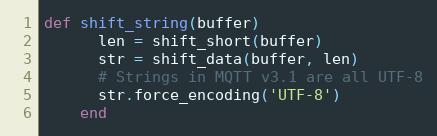
Language: Ruby
def shift_string(buffer)
      len = shift_short(buffer)
      str = shift_data(buffer, len)
      # Strings in MQTT v3.1 are all UTF-8
      str.force_encoding('UTF-8')
    end